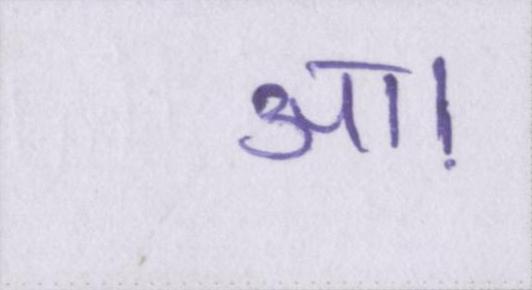
आ।